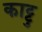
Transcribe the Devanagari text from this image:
काट्टु